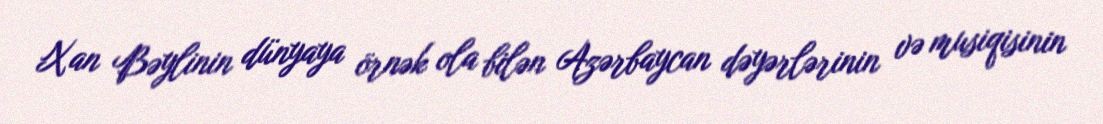
Xan Bəylinin dünyaya örnək ola bilən Azərbaycan dəyərlərinin və musiqisinin